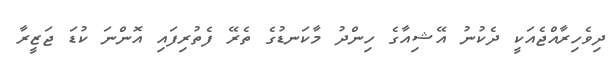
ދިވެހިރާއްޖެއަކީ ދެކުނު އޭޝިއާގެ ހިންދު މާކަނޑުގެ ތެރޭ ފެތުރިފައި އޮންނަ ކުޑަ ޖަޒީރާ